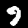
Digit: 9